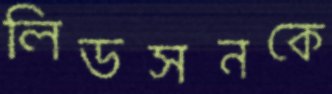
লিডসনকে